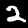
Label: 2